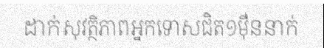
ដាក់សុវត្ថិភាពអ្នកទោសជិត១ម៉ឺននាក់